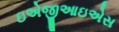
ઇએજીઆઇએસ